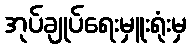
အုပ်ချုပ်ရေးမှူးရုံးမှ